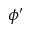
\phi ^ { \prime }